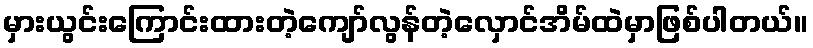
မှားယွင်းကြောင်းထားတဲ့ကျော်လွန်တဲ့လှောင်အိမ်ထဲမှာဖြစ်ပါတယ်။